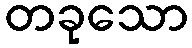
တခုသော